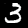
Label: 3